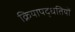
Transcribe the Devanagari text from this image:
क्रियापद्धतियों